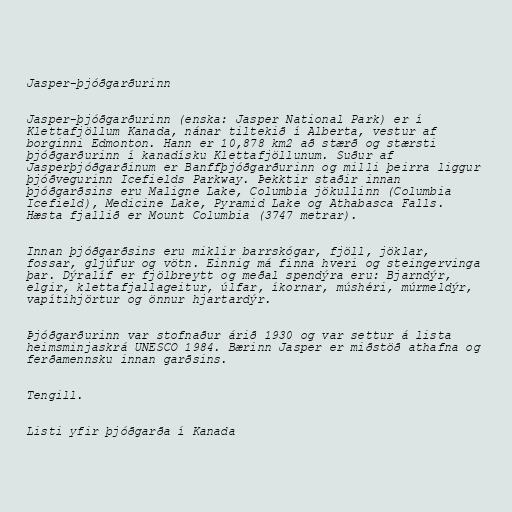
Jasper-þjóðgarðurinn

Jasper-þjóðgarðurinn (enska: Jasper National Park) er í
Klettafjöllum Kanada, nánar tiltekið í Alberta, vestur af
borginni Edmonton. Hann er 10,878 km2 að stærð og stærsti
þjóðgarðurinn í kanadísku Klettafjöllunum. Suður af
Jasperþjóðgarðinum er Banffþjóðgarðurinn og milli þeirra liggur
þjóðvegurinn Icefields Parkway. Þekktir staðir innan
þjóðgarðsins eru Maligne Lake, Columbia jökullinn (Columbia
Icefield), Medicine Lake, Pyramid Lake og Athabasca Falls.
Hæsta fjallið er Mount Columbia (3747 metrar).

Innan þjóðgarðsins eru miklir barrskógar, fjöll, jöklar,
fossar, gljúfur og vötn. Einnig má finna hveri og steingervinga
þar. Dýralíf er fjölbreytt og meðal spendýra eru: Bjarndýr,
elgir, klettafjallageitur, úlfar, íkornar, múshéri, múrmeldýr,
vapítihjörtur og önnur hjartardýr.

Þjóðgarðurinn var stofnaður árið 1930 og var settur á lista
heimsminjaskrá UNESCO 1984. Bærinn Jasper er miðstöð athafna og
ferðamennsku innan garðsins.

Tengill.

Listi yfir þjóðgarða í Kanada